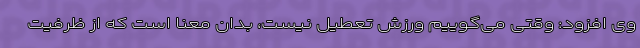
وی افزود: وقتی می‌گوییم ورزش تعطیل نیست، بدان معنا است که از ظرفیت